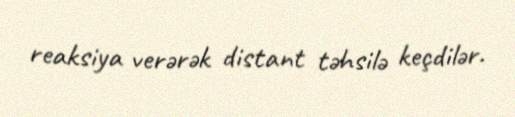
reaksiya verərək distant təhsilə keçdilər.